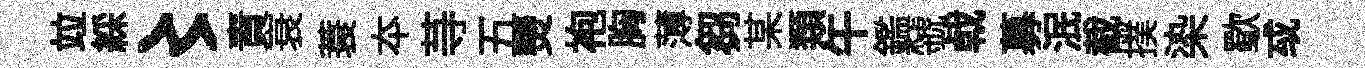
竝綵〻責衰蓑夲䒭五𤓖袍胸薄芻某𩔖午鑑虢㦸募泯截撲𣑱歜㦯